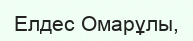
Елдес Омарұлы,